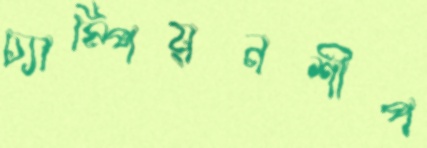
চ্যাম্পিয়নশীপ